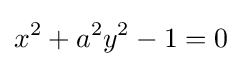
x^{2}+a^{2}y^{2}-1=0